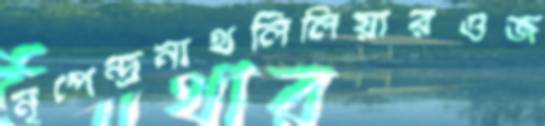
নৃপেন্দ্রনাথলিলিয়ারওজ